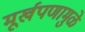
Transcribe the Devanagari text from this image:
मूर्खपणामुळे